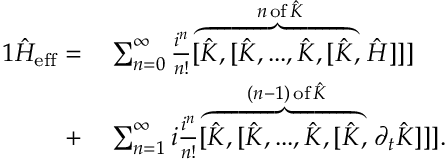
\begin{array} { r l } { { 1 } \hat { H } _ { \mathrm { e f f } } = } & { { } \sum _ { n = 0 } ^ { \infty } \frac { i ^ { n } } { n ! } [ \stackrel { n \, \mathrm { o f } \, \hat { K } } { \overbrace { \hat { K } , [ \hat { K } , . . . , \hat { K } , [ \hat { K } } , } \hat { H } ] ] ] } \\ { + } & { { } \sum _ { n = 1 } ^ { \infty } i \frac { i ^ { n } } { n ! } [ \stackrel { ( n - 1 ) \, \mathrm { o f } \, \hat { K } } { \overbrace { \hat { K } , [ \hat { K } , . . . , \hat { K } , [ \hat { K } } , } \partial _ { t } \hat { K } ] ] ] . } \end{array}